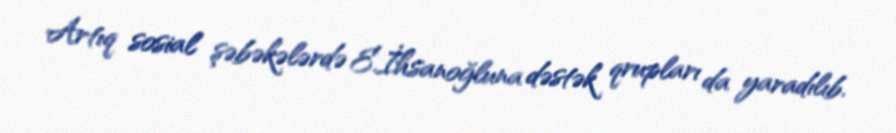
Artıq sosial şəbəkələrdə E.İhsanoğluna dəstək qrupları da yaradılıb.